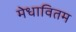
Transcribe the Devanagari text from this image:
मेधावितम